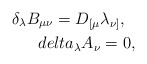
\begin{align*}\delta_\lambda B_{\mu\nu}= D_{[\mu}\lambda_{\nu]},\ \ \\delta_\lambda A_{\nu}=0,\end{align*}